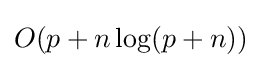
O(p+n\log(p+n))